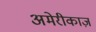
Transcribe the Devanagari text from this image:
अमेरीकाज़